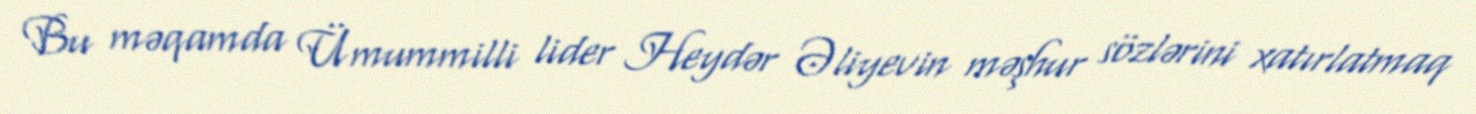
Bu məqamda Ümummilli lider Heydər Əliyevin məşhur sözlərini xatırlatmaq